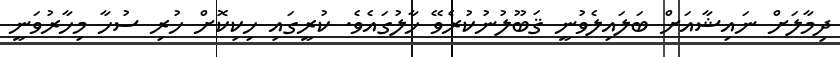
ދިމާލަށް ނައިޝާއަށް ބަލައިލެވުނީ ޤަބޫލުނުކުރެވޭ ހާލުގައެވެ. ކުރީގައި ހިކިކޮށް ހުރި ސުހާ މިހާރުވަނީ